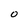
Character: O